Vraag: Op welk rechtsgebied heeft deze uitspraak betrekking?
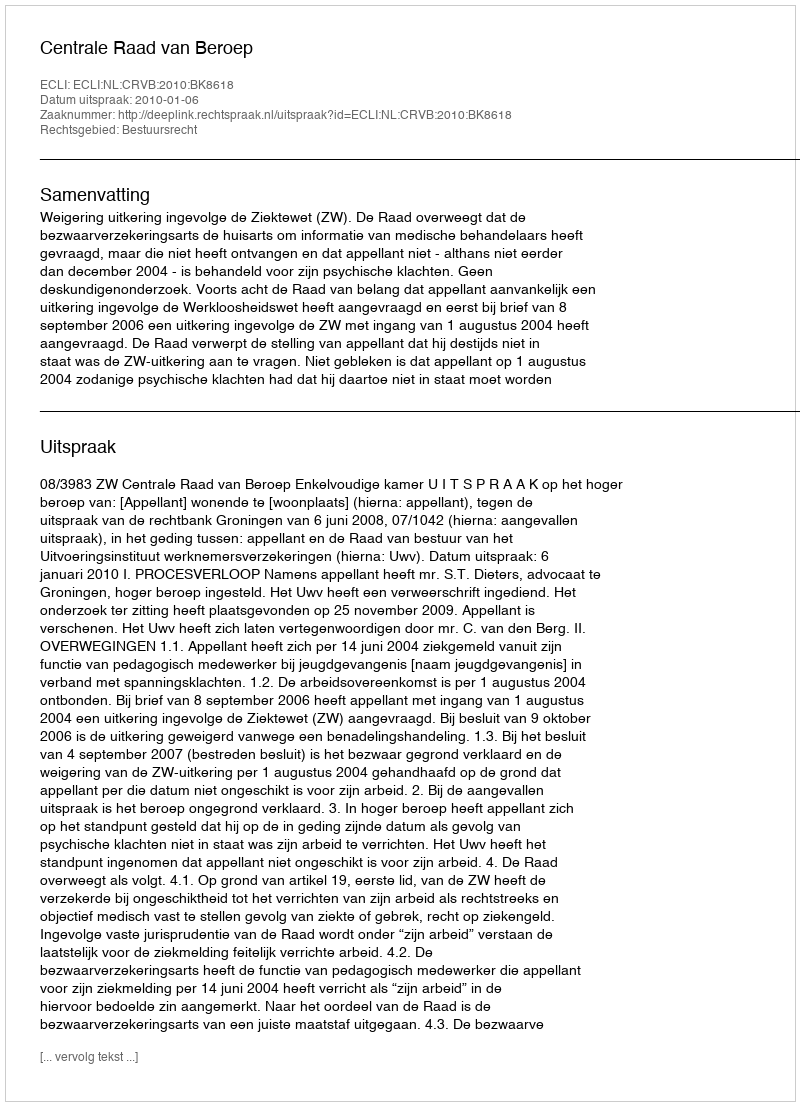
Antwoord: Bestuursrecht